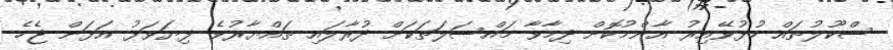
ސްކޫލުތައް ހުޅުވޭއިރު އާންމުކޮށް ދިމާވާ މައްސަލަތަކަށް ދުރާލައި ތައްޔާރުވެ ފިޔަވަޅު އަޅަން ޖެހެ